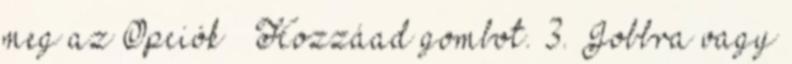
meg az Opciók → Hozzáad gombot. 3. Jobbra vagy